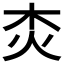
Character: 𤆰